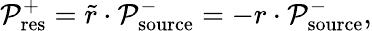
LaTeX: \mathcal{P}_{\mathrm{res}}^{+}=\tilde{r}\cdot\mathcal{P}_{\mathrm{source}}^{-}=-r\cdot\mathcal{P}_{\mathrm{source}}^{-},